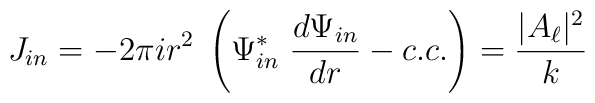
J_{in} = -2\pi i r^2\; \left( \Psi_{in}^\ast \; {d\Psi_{in}\over dr} - c.c. \right)= {|A_\ell|^2 \over k}